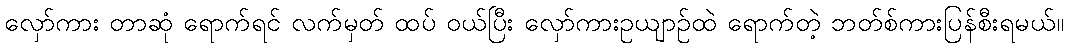
လှော်ကား တာဆုံ ရောက်ရင် လက်မှတ် ထပ် ဝယ်ပြီး လှော်ကားဥယျာဉ်ထဲ ရောက်တဲ့ ဘတ်စ်ကားပြန်စီးရမယ်။